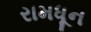
રામધૂન